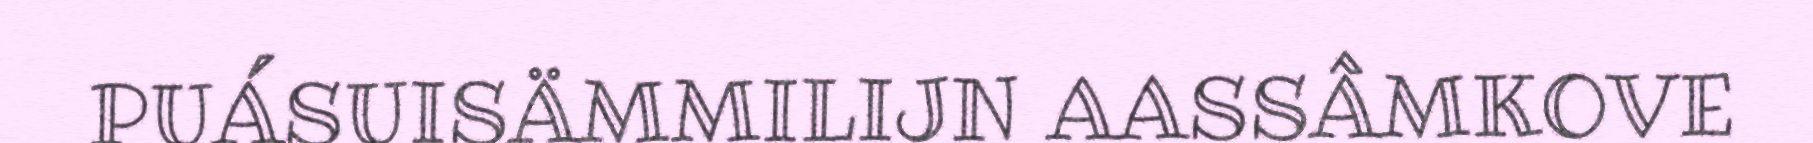
PUÁSUISÄMMILIJN AASSÂMKOVE